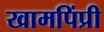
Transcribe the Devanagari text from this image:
खामपिंप्री